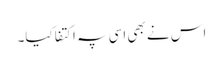
اس نے بھی اسی پہ اکتفا کیا۔